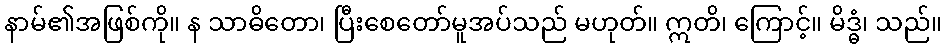
နာမ်၏အဖြစ်ကို။ န သာဓိတော၊ ပြီးစေတော်မူအပ်သည် မဟုတ်။ ဣတိ၊ ကြောင့်။ မိဒ္ဓံ၊ သည်။